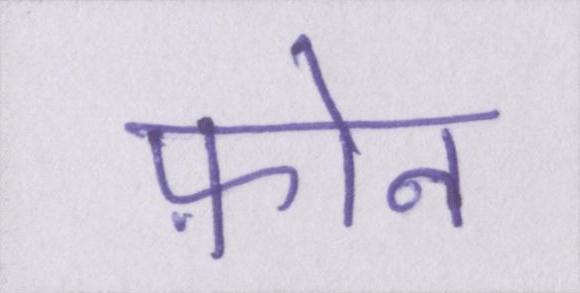
फ़ोन